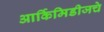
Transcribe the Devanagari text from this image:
आर्किमिडीजचे